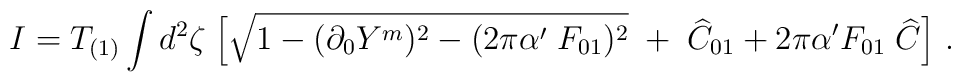
I   =  T_{(1)} \int d^2\zeta \;\Bigl[  \sqrt{1 - (\partial_0 Y^m)^2- ( 2\pi\alpha^\prime\; F_{01})^2}\;+\; {\widehat C}_{01} +  2\pi\alpha^\prime  F_{01}\;{\widehat C} \Bigr]\ .